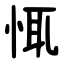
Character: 㤴